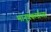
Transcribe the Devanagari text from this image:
मानुषकर्माच्या